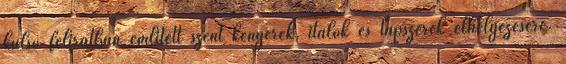
külső feliratban említett szent kenyerek, italok és tápszerek elhelyezésére.